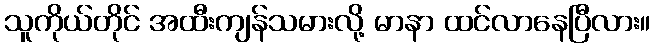
သူကိုယ်တိုင် အထီးကျန်သမားလို့ မာနာ ထင်လာနေပြီလား။